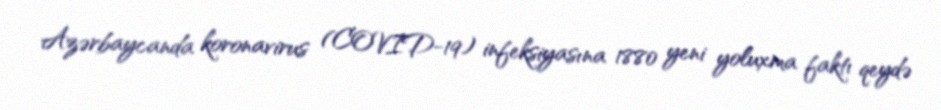
Azərbaycanda koronavirus (COVID-19) infeksiyasına 1880 yeni yoluxma faktı qeydə